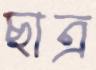
ছাত্র